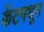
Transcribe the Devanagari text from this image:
केंटमधून